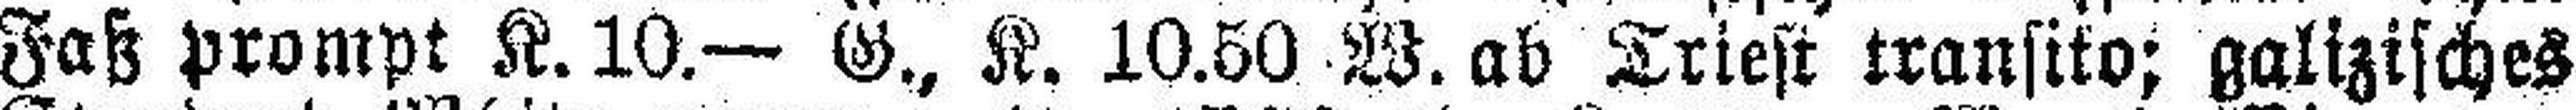
Faß prompt K. 10.— G., K. 10.50 W. ab Triest transito; galizisches